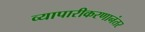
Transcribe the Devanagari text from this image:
व्यापारीकरणानंतर